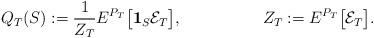
LaTeX: \begin{align*} Q_T(S) := \frac{1}{Z_T}E^{P_T}\big[\mathbf{1}_S\mathcal{E}_T\big],&& Z_T := E^{P_T}\big[\mathcal{E}_T\big].\end{align*}